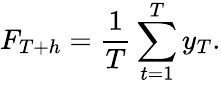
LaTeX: F_{T+h}=\frac{1}{T}\sum_{t=1}^{T}y_{T}.